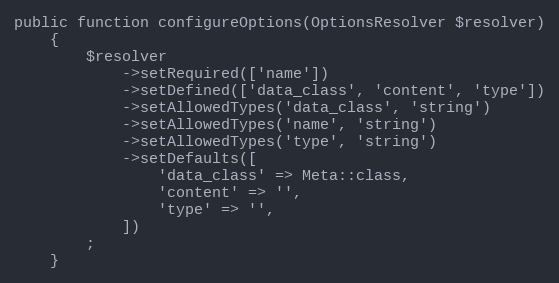
Language: PHP
public function configureOptions(OptionsResolver $resolver)
    {
        $resolver
            ->setRequired(['name'])
            ->setDefined(['data_class', 'content', 'type'])
            ->setAllowedTypes('data_class', 'string')
            ->setAllowedTypes('name', 'string')
            ->setAllowedTypes('type', 'string')
            ->setDefaults([
                'data_class' => Meta::class,
                'content' => '',
                'type' => '',
            ])
        ;
    }